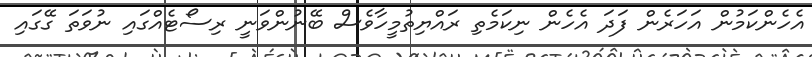
އެހެންކަމުން އަހަރެން ފަދަ އެހެން ނިކަމެތި ރައްޔިތުމީހާވެސް ބޭނުންވަނީ ރިސޯޓެއްގައި ނުވަތަ ގޭގައި